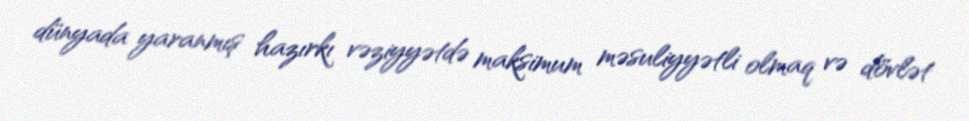
dünyada yaranmış hazırkı vəziyyətdə maksimum məsuliyyətli olmaq və dövlət